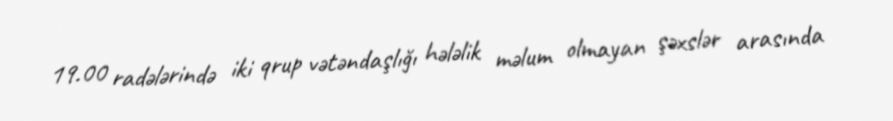
19.00 radələrində iki qrup vətəndaşlığı hələlik məlum olmayan şəxslər arasında